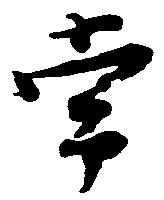
常